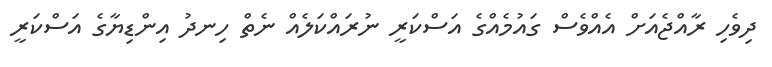
ދިވެހި ރާއްޖެއަށް އެއްވެސް ގައުމެއްގެ އަސްކަރީ ނުރައްކަލެއް ނެތް ހިނދު އިންޑިޔާގެ އަސްކަރީ